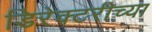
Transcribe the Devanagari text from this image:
डिरेक्टरीच्या